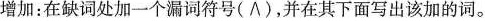
增加:在缺词处加一个漏词符号(∧),并在其下面写出该加的词.。